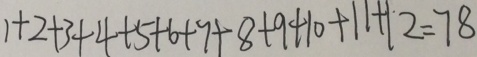
1 + 2 + 3 + 4 + 5 + 6 + 7 + 8 + 9 + 1 0 + 1 1 + 1 2 = 7 8